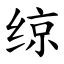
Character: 𫟅